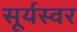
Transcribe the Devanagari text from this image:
सूर्यस्वर